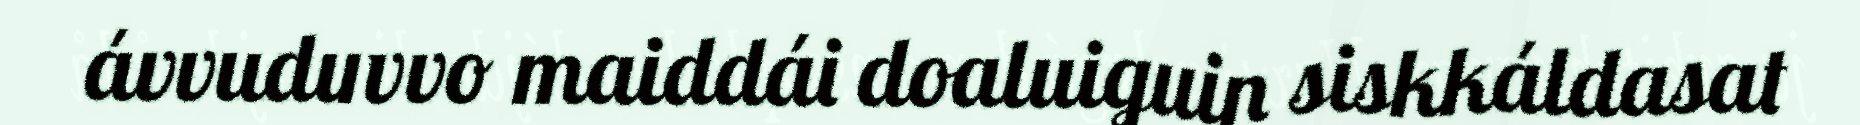
ávvuduvvo maiddái doaluiguin siskkáldasat